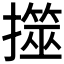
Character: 𢶅